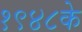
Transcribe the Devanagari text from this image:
१९४८के